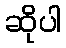
ဆိုပါ